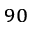
_ { 9 0 }